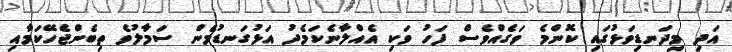
އަދި މިދަނޑިވަޅުގައި ކޮންމެ ވަގެއްވެސް ފަހު ވަކި އެއްލާނެކަމެދު އަޅުގަނޑުމެން ސަމާލުވެ ތިބެންޖެހޭކަމާއި